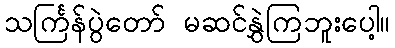
သင်္ကြန်ပွဲတော် မဆင်နွှဲကြဘူးပေါ့။